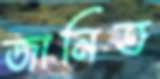
জানিত